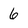
Character: 6